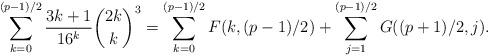
LaTeX: \begin{align*}\sum_{k=0}^{(p-1)/2}\frac{3k+1}{16^k}\binom{2k}k^3=\sum_{k=0}^{(p-1)/2}F(k,(p-1)/2)+\sum_{j=1}^{(p-1)/2}G((p+1)/2,j).\end{align*}